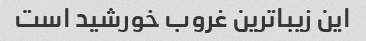
این زیباترین غروب خورشید است